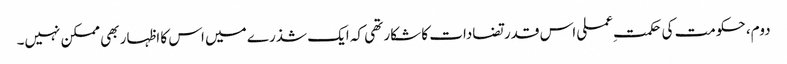
دوم، حکومت کی حکمت ِعملی اس قدر تضادات کا شکار تھی کہ ایک شذرے میں اس کا اظہار بھی ممکن نہیں۔